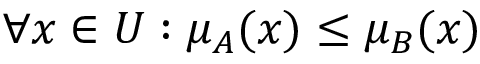
\forall x \in U : \mu _ { A } ( x ) \leq \mu _ { B } ( x )